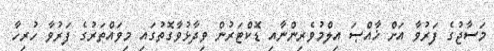
މަސާޖުގެ ފަރުވާ އަށް ޚާއްޞަ އިލްމުވެރިންނާއި ޑޮކްޓަރުން ވިދާޅުވާގޮތުގައި މިވައްތަރުގެ ފަރުވާ ހުރިހާ